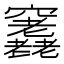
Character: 𥩊